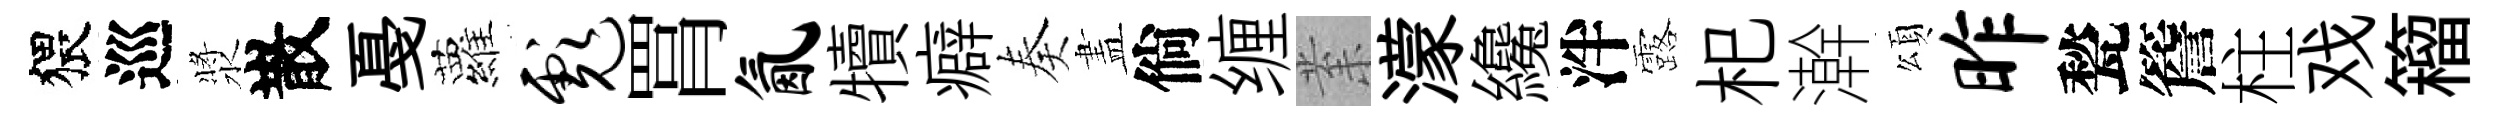
猥巡漿散戞蘿彪罥氤犢癖奏𥁞倘缠𭪙濛纔泮露𣏌澣頌昨甃簷柱戏籕